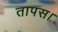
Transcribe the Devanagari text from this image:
तापस।